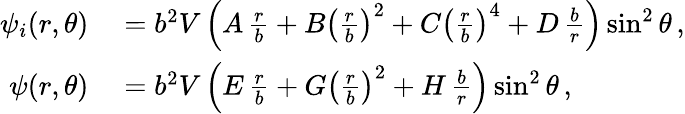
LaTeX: \begin{array}{rl}{\psi_{i}(r,\theta)}&{{}=b^{2}V\left(A\, \frac{r}{b}+B\left(\frac{r}{b}\right)^{2}+C\left(\frac{r}{b}\right)^{4}+D\, \frac{b}{r}\right)\sin^{2}\theta\, ,}\\ {\psi(r,\theta)}&{{}=b^{2}V\left(E\, \frac{r}{b}+G\left(\frac{r}{b}\right)^{2}+H\, \frac{b}{r}\right)\sin^{2}\theta\, ,}\end{array}